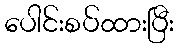
ပေါင်းစပ်ထားပြီး